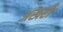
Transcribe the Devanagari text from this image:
अखरी